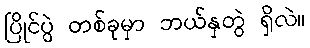
ပြိုင်ပွဲ တစ်ခုမှာ ဘယ်နှတွဲ ရှိလဲ။